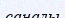
саналы